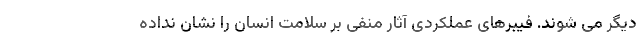
دیگر می شوند. فیبرهای عملکردی آثار منفی بر سلامت انسان را نشان نداده